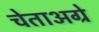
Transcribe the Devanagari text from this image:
चेताअग्रे